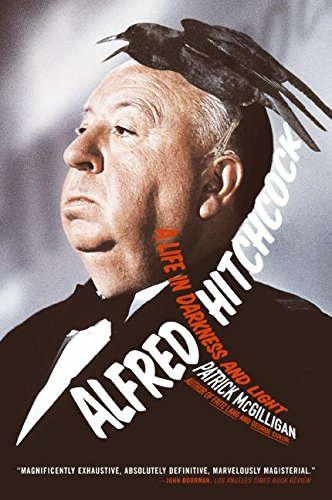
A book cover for Alfred Hitchcock: A Life in Darkness and Light; Patrick Mcgilligan; Biographies & Memoirs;